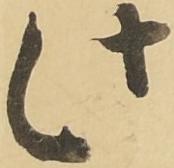
此